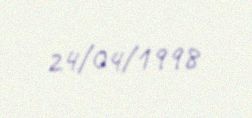
24/04/1998